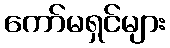
ကော်မရှင်များ